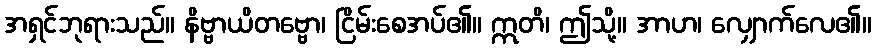
အရှင်ဘုရားသည်။ နိဗ္ဗာယိတဗ္ဗော၊ ငြိမ်းစေအပ်၏။ ဣတိ၊ ဤသို့။ အာဟ၊ လျှောက်လေ၏။